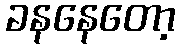
ခနနေတော့